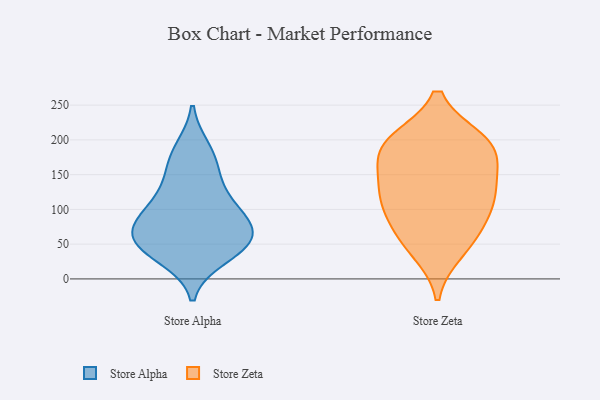
{"axis": {"x": "Waste Production (Tons)", "y": "Value"}, "legend": ["Store Alpha", "Store Zeta"], "data": [{"x": "", "y": 72, "type": "Store Alpha"}, {"x": "", "y": 98, "type": "Store Alpha"}, {"x": "", "y": 186, "type": "Store Alpha"}, {"x": "", "y": 45, "type": "Store Alpha"}, {"x": "", "y": 171, "type": "Store Alpha"}, {"x": "", "y": 95, "type": "Store Alpha"}, {"x": "", "y": 51, "type": "Store Alpha"}, {"x": "", "y": 145, "type": "Store Alpha"}, {"x": "", "y": 118, "type": "Store Alpha"}, {"x": "", "y": 64, "type": "Store Alpha"}, {"x": "", "y": 32, "type": "Store Alpha"}, {"x": "", "y": 74, "type": "Store Alpha"}, {"x": "", "y": 48, "type": "Store Alpha"}, {"x": "", "y": 40, "type": "Store Zeta"}, {"x": "", "y": 170, "type": "Store Zeta"}, {"x": "", "y": 199, "type": "Store Zeta"}, {"x": "", "y": 187, "type": "Store Zeta"}, {"x": "", "y": 72, "type": "Store Zeta"}, {"x": "", "y": 113, "type": "Store Zeta"}, {"x": "", "y": 105, "type": "Store Zeta"}, {"x": "", "y": 198, "type": "Store Zeta"}, {"x": "", "y": 56, "type": "Store Zeta"}, {"x": "", "y": 144, "type": "Store Zeta"}, {"x": "", "y": 108, "type": "Store Zeta"}, {"x": "", "y": 196, "type": "Store Zeta"}, {"x": "", "y": 137, "type": "Store Zeta"}]}